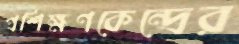
প্রশিক্ষণকেন্দ্রের